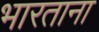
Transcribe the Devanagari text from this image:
भारताना